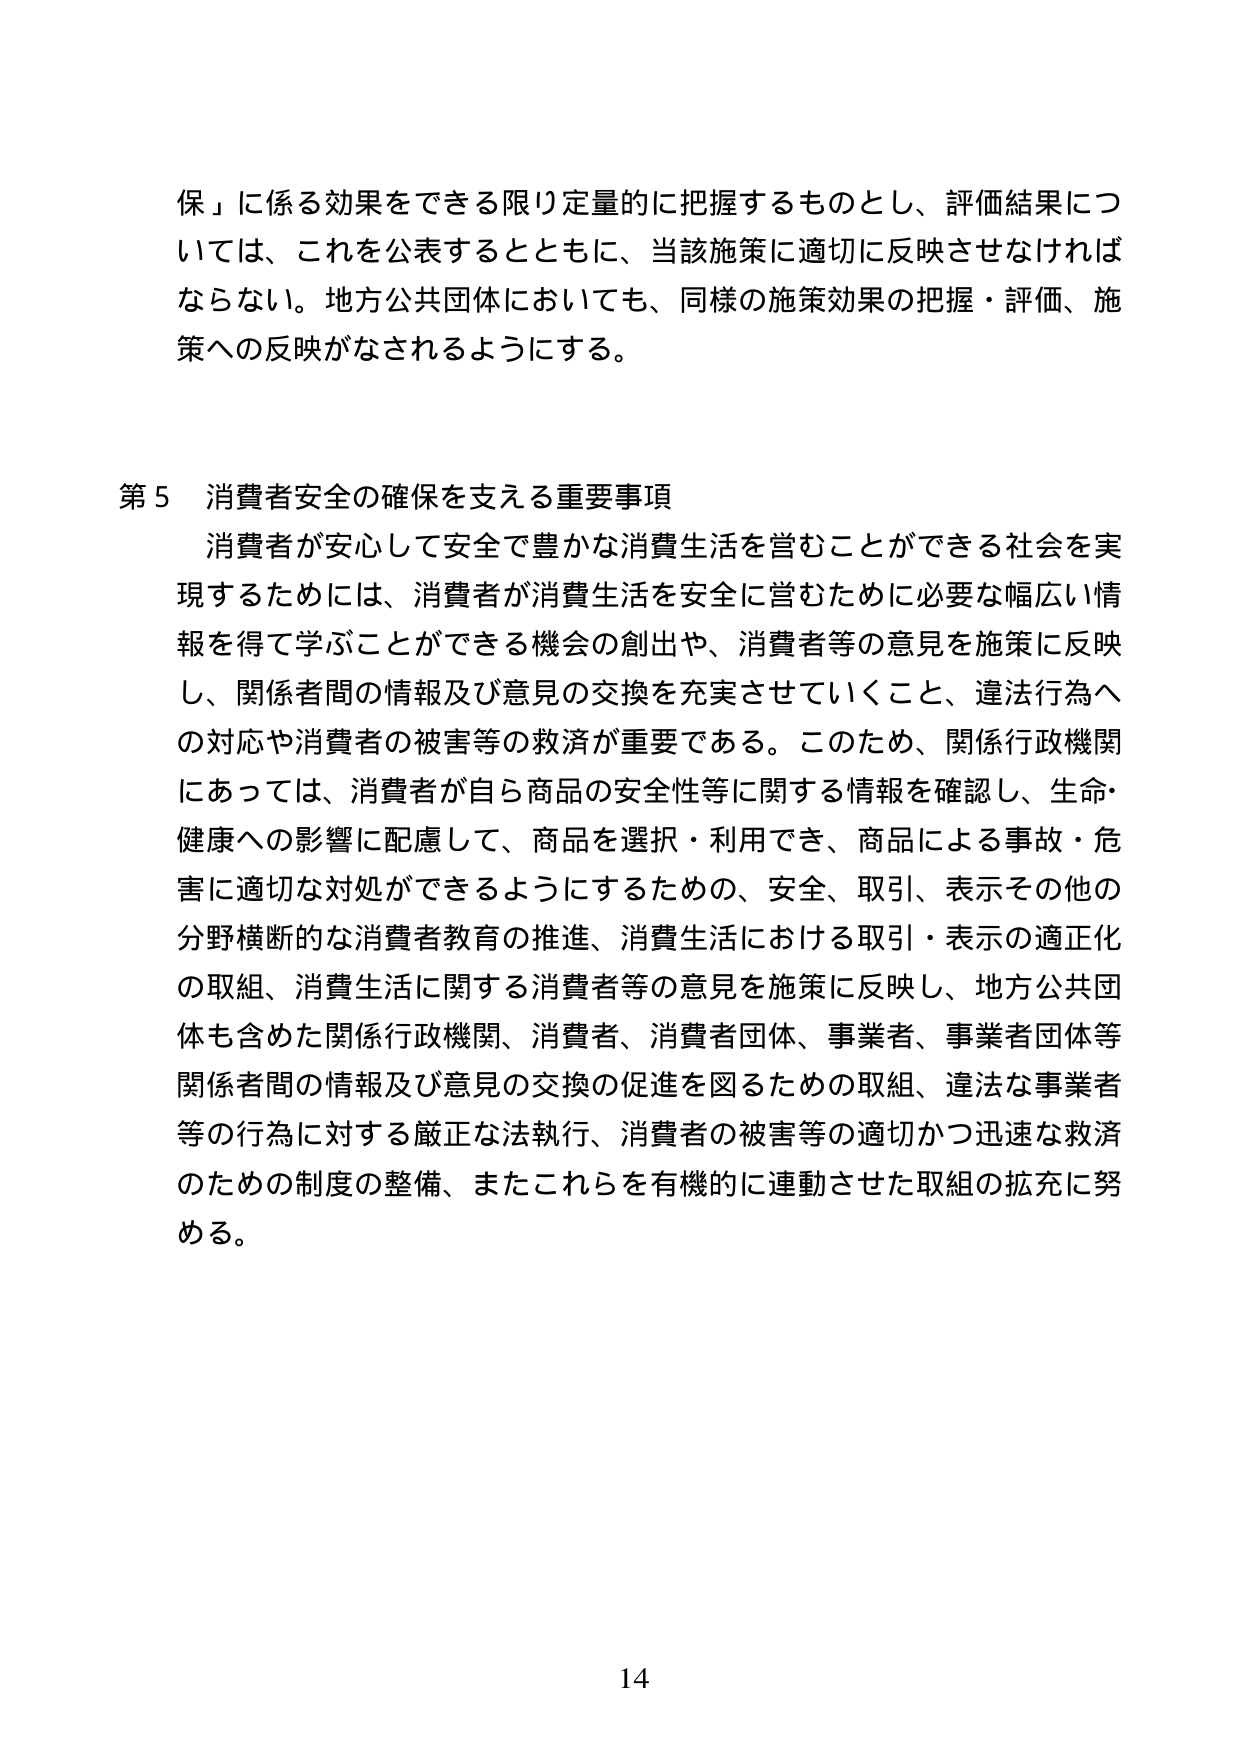
保」に係る効果をできる限り定量的に把握するものとし、評価結果については、これを公表するとともに、当該施策に適切に反映させなければならない。地方公共団体においても、同様の施策効果の把握・評価、施策への反映がなされるようにする。

第５ 消費者安全の確保を支える重要事項
消費者が安心して安全で豊かな消費生活を営むことができる社会を実現するためには、消費者が消費生活を安全に営むために必要な幅広い情報を得て学ぶことができる機会の創出や、消費者等の意見を施策に反映し、関係者間の情報及び意見の交換を充実させていくこと、違法行為への対応や消費者の被害等の救済が重要である。このため、関係行政機関にあっては、消費者が自ら商品の安全性等に関する情報を確認し、生命・健康への影響に配慮して、商品を選択・利用でき、商品による事故・危害に適切な対処ができるようにするための、安全、取引、表示その他の分野横断的な消費者教育の推進、消費生活における取引・表示の適正化の取組、消費生活に関する消費者等の意見を施策に反映し、地方公共団体も含めた関係行政機関、消費者、消費者団体、事業者、事業者団体等関係者間の情報及び意見の交換の促進を図るための取組、違法な事業者等の行為に対する厳正な法執行、消費者の被害等の適切かつ迅速な救済のための制度の整備、またこれらを有機的に連動させた取組の拡充に努める。

14